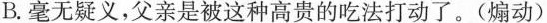
B.毫无疑义，父亲是被这种高贵的吃法\underset{·}{打}\underset{·}{动}了。(煽动))